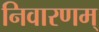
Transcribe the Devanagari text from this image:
निवारणम्